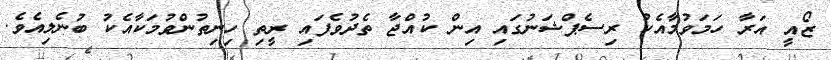
ޒޯއީ އަރާ ހަމަވުމާއެކު ރިސެޕްޝަނުގައި އިން ކުއްޖާ ތެދުވެފައި ރީތި ހިނިތުންވުމަކާއެކު ބުނެލިއެވެ.